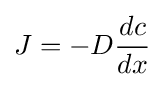
J=-D{dc \over dx}